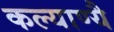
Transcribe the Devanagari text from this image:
कल्याण्यै